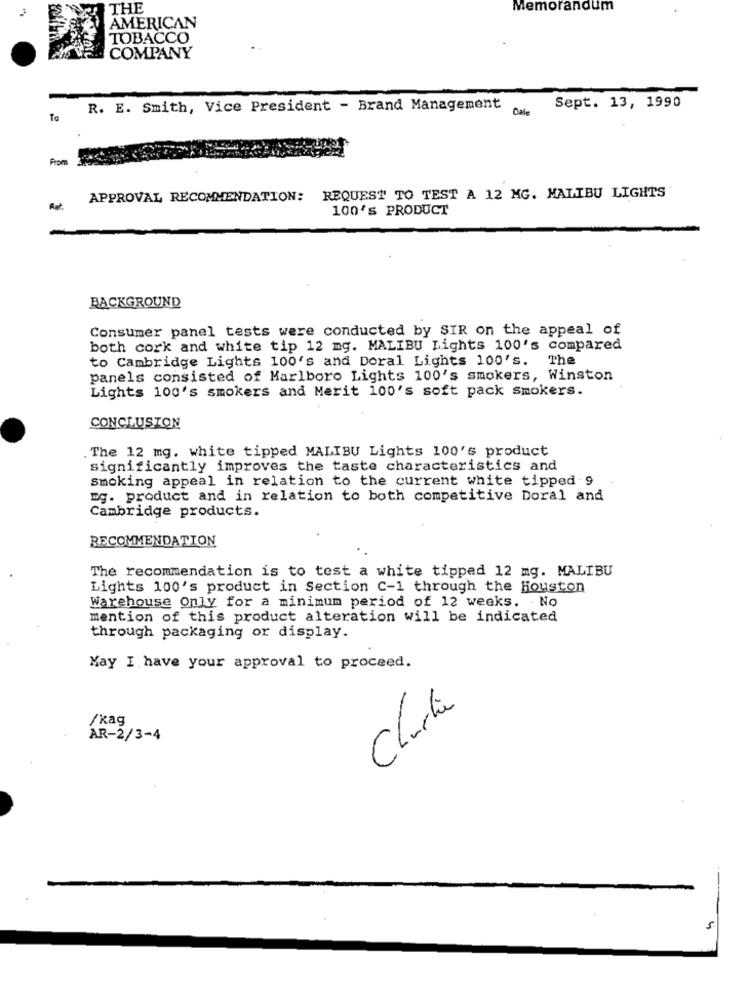
THE
Memorandum
AMERICAN
TOBACCO
COMPANY
R. E. Smith, Vice President - Brand Management
Date
Sept. 13, 1990
Te
APPROVAL RECOMMENDATION: REQUEST TO TEST A 12 MG. MALIBU LIGHTS
100'S PRODUCT
BACKGROUND
Consumer panel tests were conducted by SIR on the appeal of
both cork and white tip 12 mg. MALIBU Lights 100's compared
to Cambridge Lights 100's and Doral Lights 100's.
The
panels consisted of Marlboro Lights 100's smokers, Winston
Lights 100's smokers and Merit 100's soft pack smokers.
CONCLUSION
. The 12 mg. white tipped MALIBU Lights 100's product
significantly improves the taste characteristics and
smoking appeal in relation to the current white tipped 9
"g. product and in relation to both competitive Doral and
Cambridge products.
RECOMMENDATION
The recommendation is to test a white tipped 12 mg. MALIBU
Lights 100's product in Section C-1 through the Houston
Warehouse Only for a minimum period of 12 weeks. No
mention of this product alteration will be indicated
through packaging or display.
May I have your approval to proceed.
Charla
/kag
AR-2/3-4
5